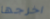
اخرجها